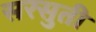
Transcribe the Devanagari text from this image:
सरसुती